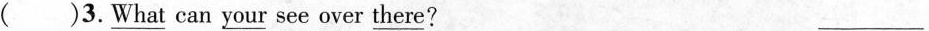
( )3.\underline{what} can \underline{your} see over \underline{there} ？